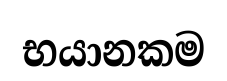
භයානකම